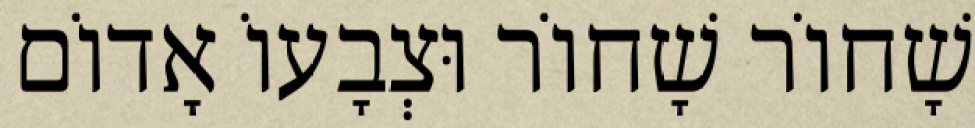
שָׁחוֹר שָׁחוֹר וּצְבָעוֹ אָדוֹם